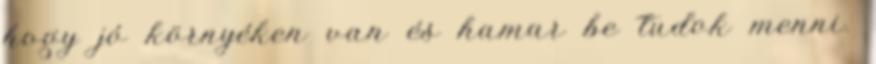
hogy jó környéken van és hamar be tudok menni.